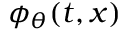
\phi _ { \theta } ( t , x )